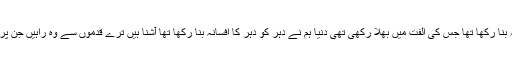
فیض احمد فیض
آ کہ وابستہ ہیں اس حسن کی یادیں تجھ سے جس نے اس دل کو پری خانہ بنا رکھا تھا جس کی الفت میں بھْلا رکھی تھی دنیا ہم نے دہر کو دہر کا افسانہ بنا رکھا تھا آشنا ہیں ترے قدموں سے وہ راہیں جن پر اس کی مدہوش جوانی نے عنایت کی ہے کارواں گزرے ہیں جن سے ...
انسان کی موت کے بعد ۔